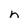
Character: n